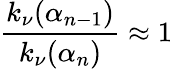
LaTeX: \frac{k_{\nu}(\alpha_{n-1})}{k_{\nu}(\alpha_{n})}\approx 1